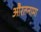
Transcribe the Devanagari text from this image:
औरतनामा